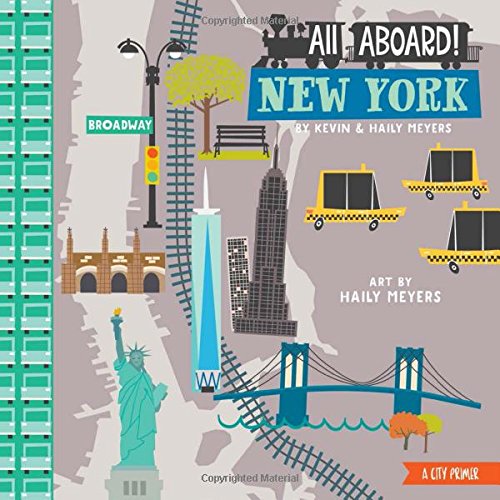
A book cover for All Aboard! New York: A City Primer; Haily Meyers; Children's Books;